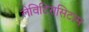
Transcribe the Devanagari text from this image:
लेविटिरासिटाम